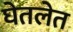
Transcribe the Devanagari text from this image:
घेतलेत